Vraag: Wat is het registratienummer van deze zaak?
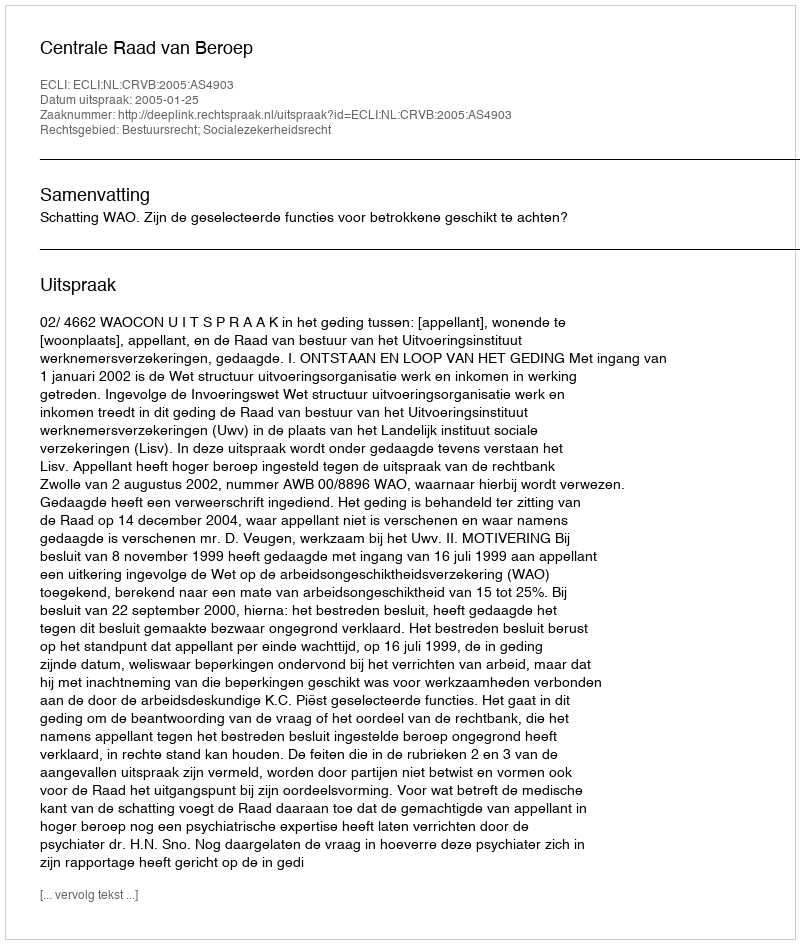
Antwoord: http://deeplink.rechtspraak.nl/uitspraak?id=ECLI:NL:CRVB:2005:AS4903